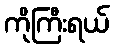
ကိုကြီးရယ်